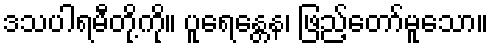
ဒသပါရမီတို့ကို။ ပူရေန္တေန၊ ဖြည့်တော်မူသော။